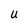
Character: U